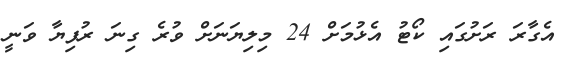
އެގާރަ ރަށުގައި ކޯޓު އެޅުމަށް 24 މިލިޔަނަށް ވުރެ ގިނަ ރުފިޔާ ވަނީ